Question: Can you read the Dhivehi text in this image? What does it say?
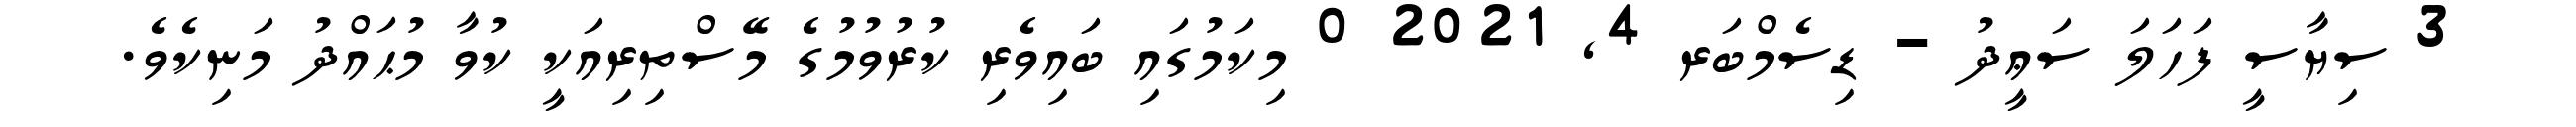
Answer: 3 ސިޔާސީ ފަހަލަ ސަޢީދު - ޑިސެމްބަރ 4, 2021 0 މިކަމުގައި ބައިވެރި ކުރުވުމުގެ މޭސްތިރިއަކީ ކުވާ މުޙައްދު މަނިކެވެ.